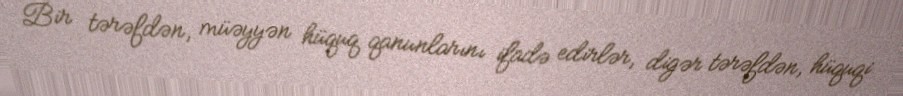
Bir tərəfdən, müəyyən hüquq qanunlarını ifadə edirlər, digər tərəfdən, hüquqi